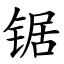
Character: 锯